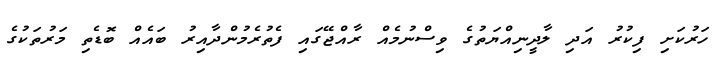
ހަރުކަށި ފިކުރު އަދި ލާދީނިއްޔަތުގެ ވިސްނުމެއް ރާއްޖޭގައި ފެތުރެމުންދާއިރު ބައެއް ބޮޑެތި މަރުތަކުގެ